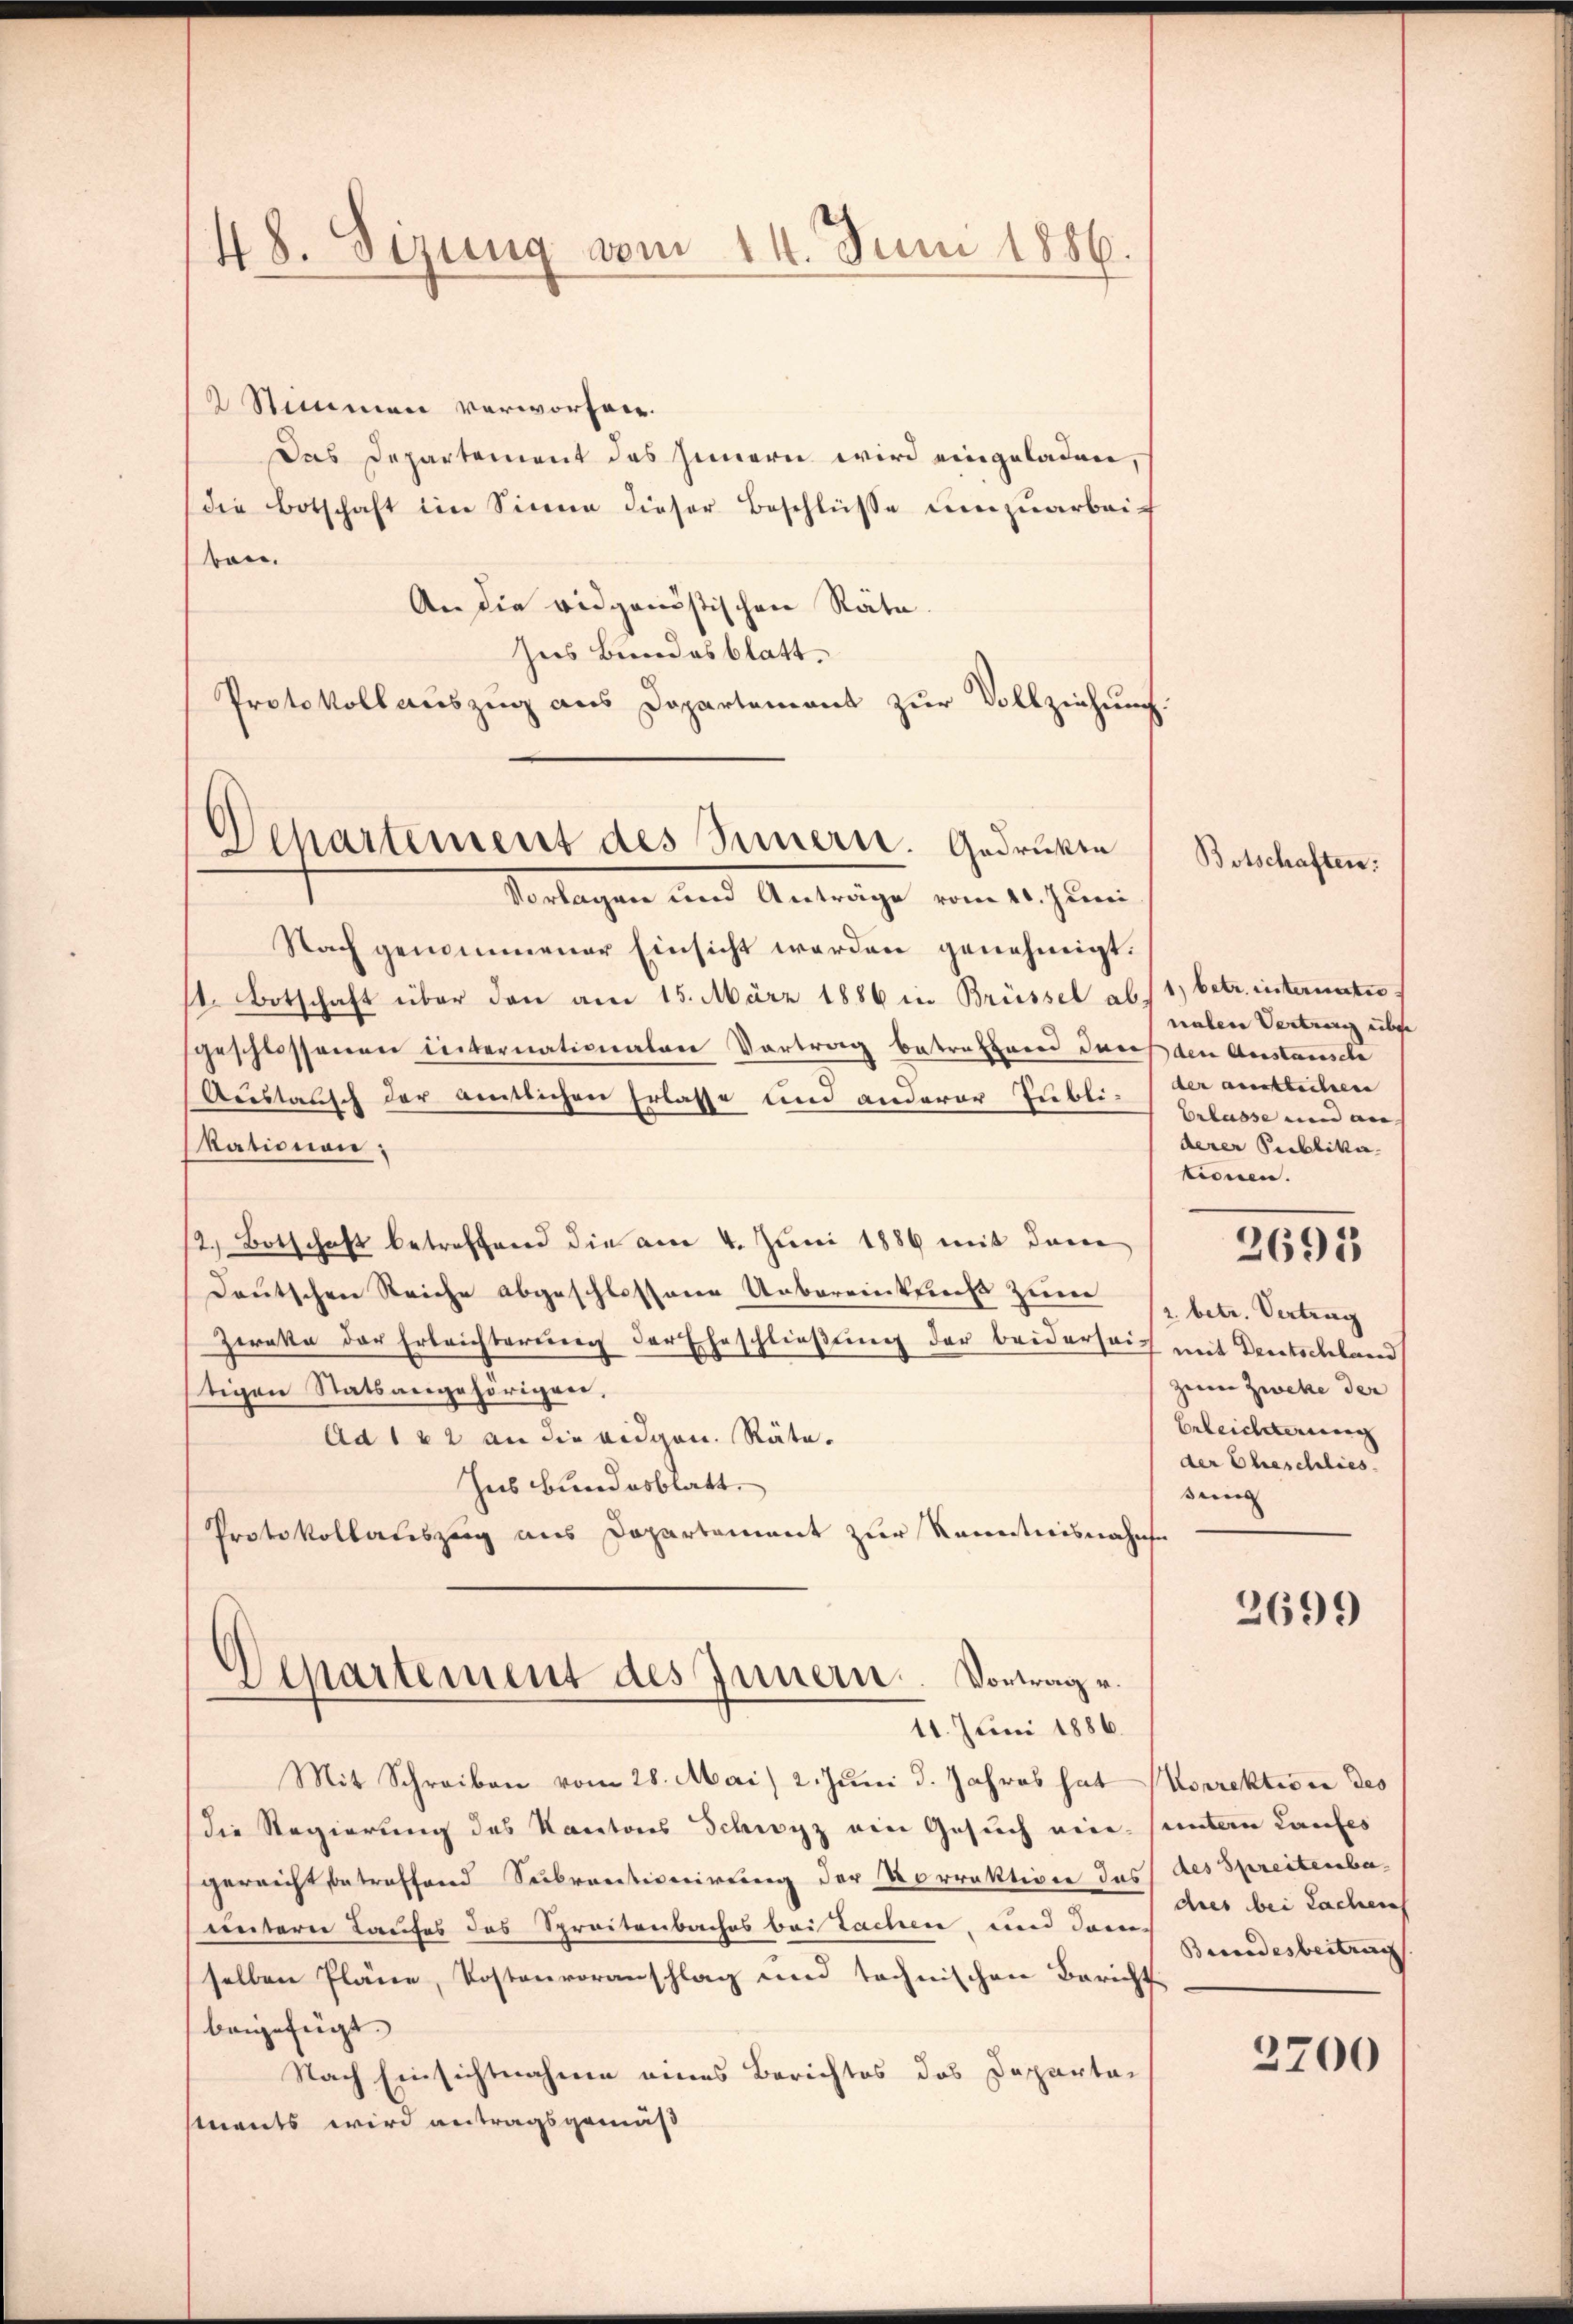
48. Sezung vom 11. Juni 1886.

Departement des Sinnern. Gedrüken

2 Stimmen verworfen.
Das Departement des Innern wird eingeladen,
die Botschaft im Sinnen dieser Beschlüsse umzuarbeiben.
An die eidgenößischen Räte.
Zus Bundesblatt
Protokollauszug aus Departement zur Vollziehung
Verlangen und Antrage vom 1. Juni
Nach genommener Einsicht werden genehmigt.
st. Botschaft über den am 15. März 1886 in Brüssel ab 1) betr. internatio
geschlossenen Internationalen Vortrag betreffend den
Arestausch der amtlichen Erlasse und anderer Jubli-
tationen:
12.) Botschaft betreffend die am 4. Juni 1889 mit dem
deutschen Reiche abgeschlossene Uebereinkens zeine
Ziaka der Erleichterung der Eheschließung der beiderseich
stigen Statsangehörigen,
Ad 122 an die eidgen. Räte.
Ius bundesblatt.
Protokollauszug aus Departement zur Kenntnisnahme
Departement des Innern. Vortrag u.
11. Juni 1886.
Mit Schreiben vom 28. Mai) 2. Juni d. Jahres hat
(die Regierung des Kantons Schwyz ein Gesuch ein-
gereicht betreffend Subventionirung der Korrektione das
untern Kaufes des Spreitenbaches bei Sachen, und dam
selben Pläne, Kostenvoranschlag und technischen Bericht
beigefügt.
Nach Einsichtnahme eines Berichtes das Departei
sments wird antragsgemäß

Botschaften:

nalen Vertrag über
den Ausstanische
der ausblichen
Erlasse und an- |
derer Publika
tionen.

. betr. Vertrag
seine

mit Deutschland
zum Zweke der
Erleichterung |
der Eheschlies

2695

2699

Korrektione des
untern Laufes |
des Spreiterba
dies bei Sachen
Bundesbeitrag

2700